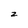
Character: z